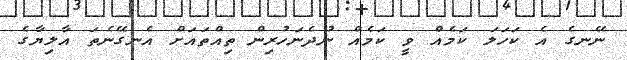
ނޭނގެ އެ ކަހަލަ ކަމެއް ވީ ކަމެއް ނުދެނަހުރިން ތިއްތައަށް އެނގޭނެތަ އާލިޔާގެ